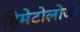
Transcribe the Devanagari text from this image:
हिमेटोलोजी